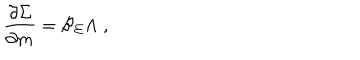
LaTeX: \frac { \partial \Sigma } { \partial m } = \mathcal { B } _ { \Sigma } \Lambda \; ,